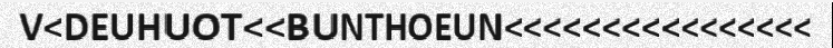
V<DEUHUOT<<BUNTHOEUN<<<<<<<<<<<<<<<<